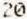
20